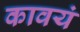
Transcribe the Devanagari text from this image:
कावयं